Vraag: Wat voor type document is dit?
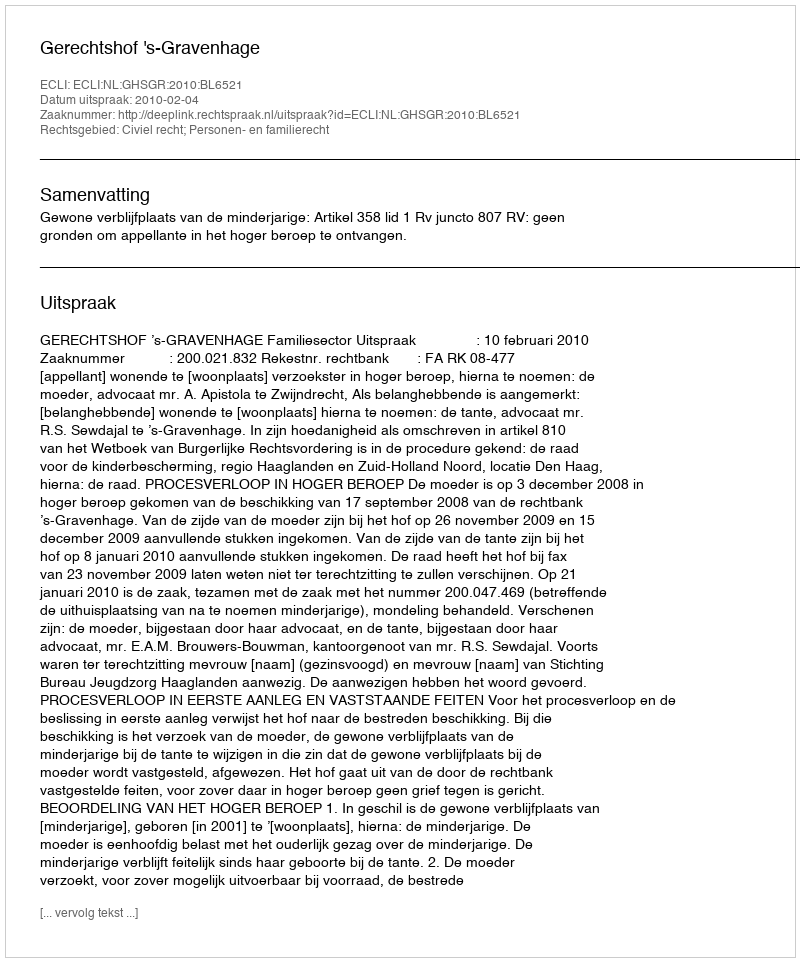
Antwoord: Uitspraak